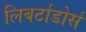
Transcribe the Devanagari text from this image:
लिबर्टाडोर्स